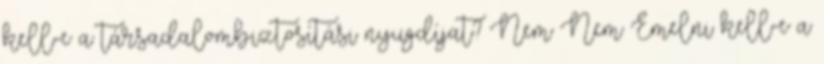
kell-e a társadalombiztosítási nyugdíjat? Nem Nem Emelni kell-e a